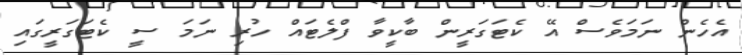
އެހެން ނަމަވެސް އޭ ކެޓަގަރީން ބާކީވާ ފްލެޓައް ހުރި ނަމަ ސީ ކެޓަގަރީގައި